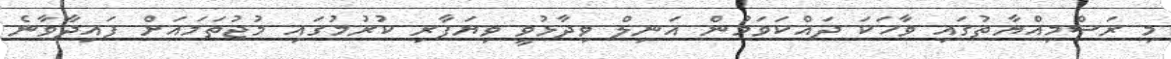
މި ރަސްމިއްޔާތުގައި ވާހަކަ ދައްކަވަމުން އަނިލް ވިދާޅުވީ ވިޔަފާރި ކުރުމުގައި މުޖުތަމައަށް ފައިދާވާނެ